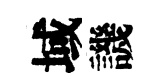
域譏